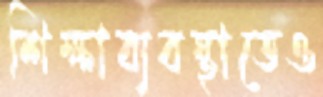
শিক্ষাব্যবস্থাতেও